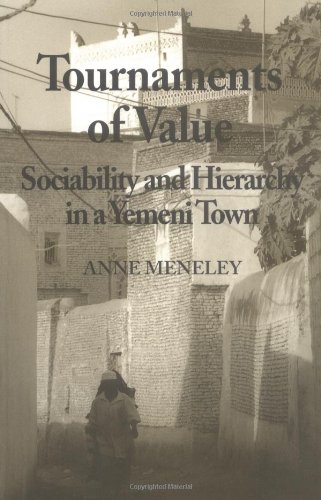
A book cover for Tournaments of Value: Sociability and Hierarchy in a Yemeni Town (Anthropological Horizons); Anne Meneley; History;